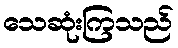
သေဆုံးကြသည်